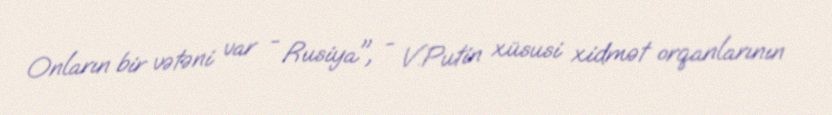
Onların bir vətəni var - Rusiya", - V.Putin xüsusi xidmət orqanlarının